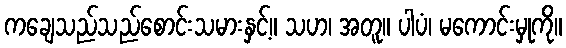
ကချေသည်သည်စောင်းသမားနှင့်။ သဟ၊ အတူ။ ပါပံ၊ မကောင်းမှုကို။